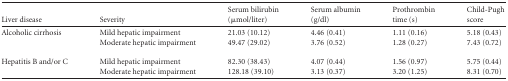
| Liver disease | Severity | Serum bilirubin (μmol/liter) | Serum albumin (g/dl) | Prothrombin time (s) | Child-Pugh score |
 | --- | --- | --- | --- | --- | --- |
 | <ROWSPAN=2> Alcoholic cirrhosis | Mild hepatic impairment | 21.03 (10.12) | 4.46 (0.41) | 1.11 (0.16) | 5.18 (0.43) |
 | Moderate hepatic impairment | 49.47 (29.02) | 3.76 (0.52) | 1.28 (0.27) | 7.43 (0.72) |
 | <ROWSPAN=2> Hepatitis B and/or C | Mild hepatic impairment | 82.30 (38.43) | 4.07 (0.44) | 1.56 (0.97) | 5.75 (0.44) |
 | Moderate hepatic impairment | 128.18 (39.10) | 3.13 (0.37) | 3.20 (1.25) | 8.31 (0.70) |